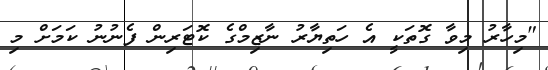
"މިހާރު މިވާ ގޮތަކީ އެ ހަތިޔާރު ނާޒިމްގެ ކޮޓަރިން ފެނުނު ކަމަށް މި